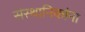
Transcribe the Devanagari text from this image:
संस्थानिकांना